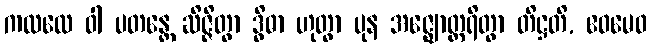
ကထလေ ဝါ ပတန္တေ ဆိဇ္ဇိတွာ ဒွိဓာ ဟုတွာ ပုန အဇ္ဈောတ္ထရိတွာ တိဋ္ဌတိ, ဧဝမေဝ